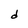
Character: d